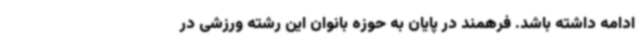
ادامه داشته باشد. فرهمند در پایان به حوزه بانوان این رشته ورزشی در